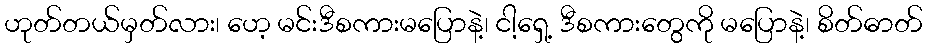
ဟုတ်တယ်မှတ်လား၊ ဟေ့ မင်းဒီစကားမပြောနဲ့၊ ငါ့ရှေ့ ဒီစကားတွေကို မပြောနဲ့၊ စိတ်ဓာတ်